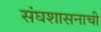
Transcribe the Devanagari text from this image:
संघशासनाची